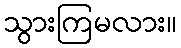
သွားကြမလား။